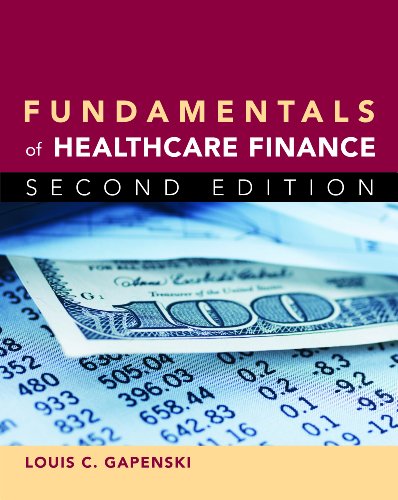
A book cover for Fundamentals of Healthcare Finance, Second Edition; Louis C. Gapenski; Medical Books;